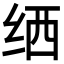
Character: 𬘟